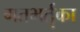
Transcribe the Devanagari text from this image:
गतभर्तृका